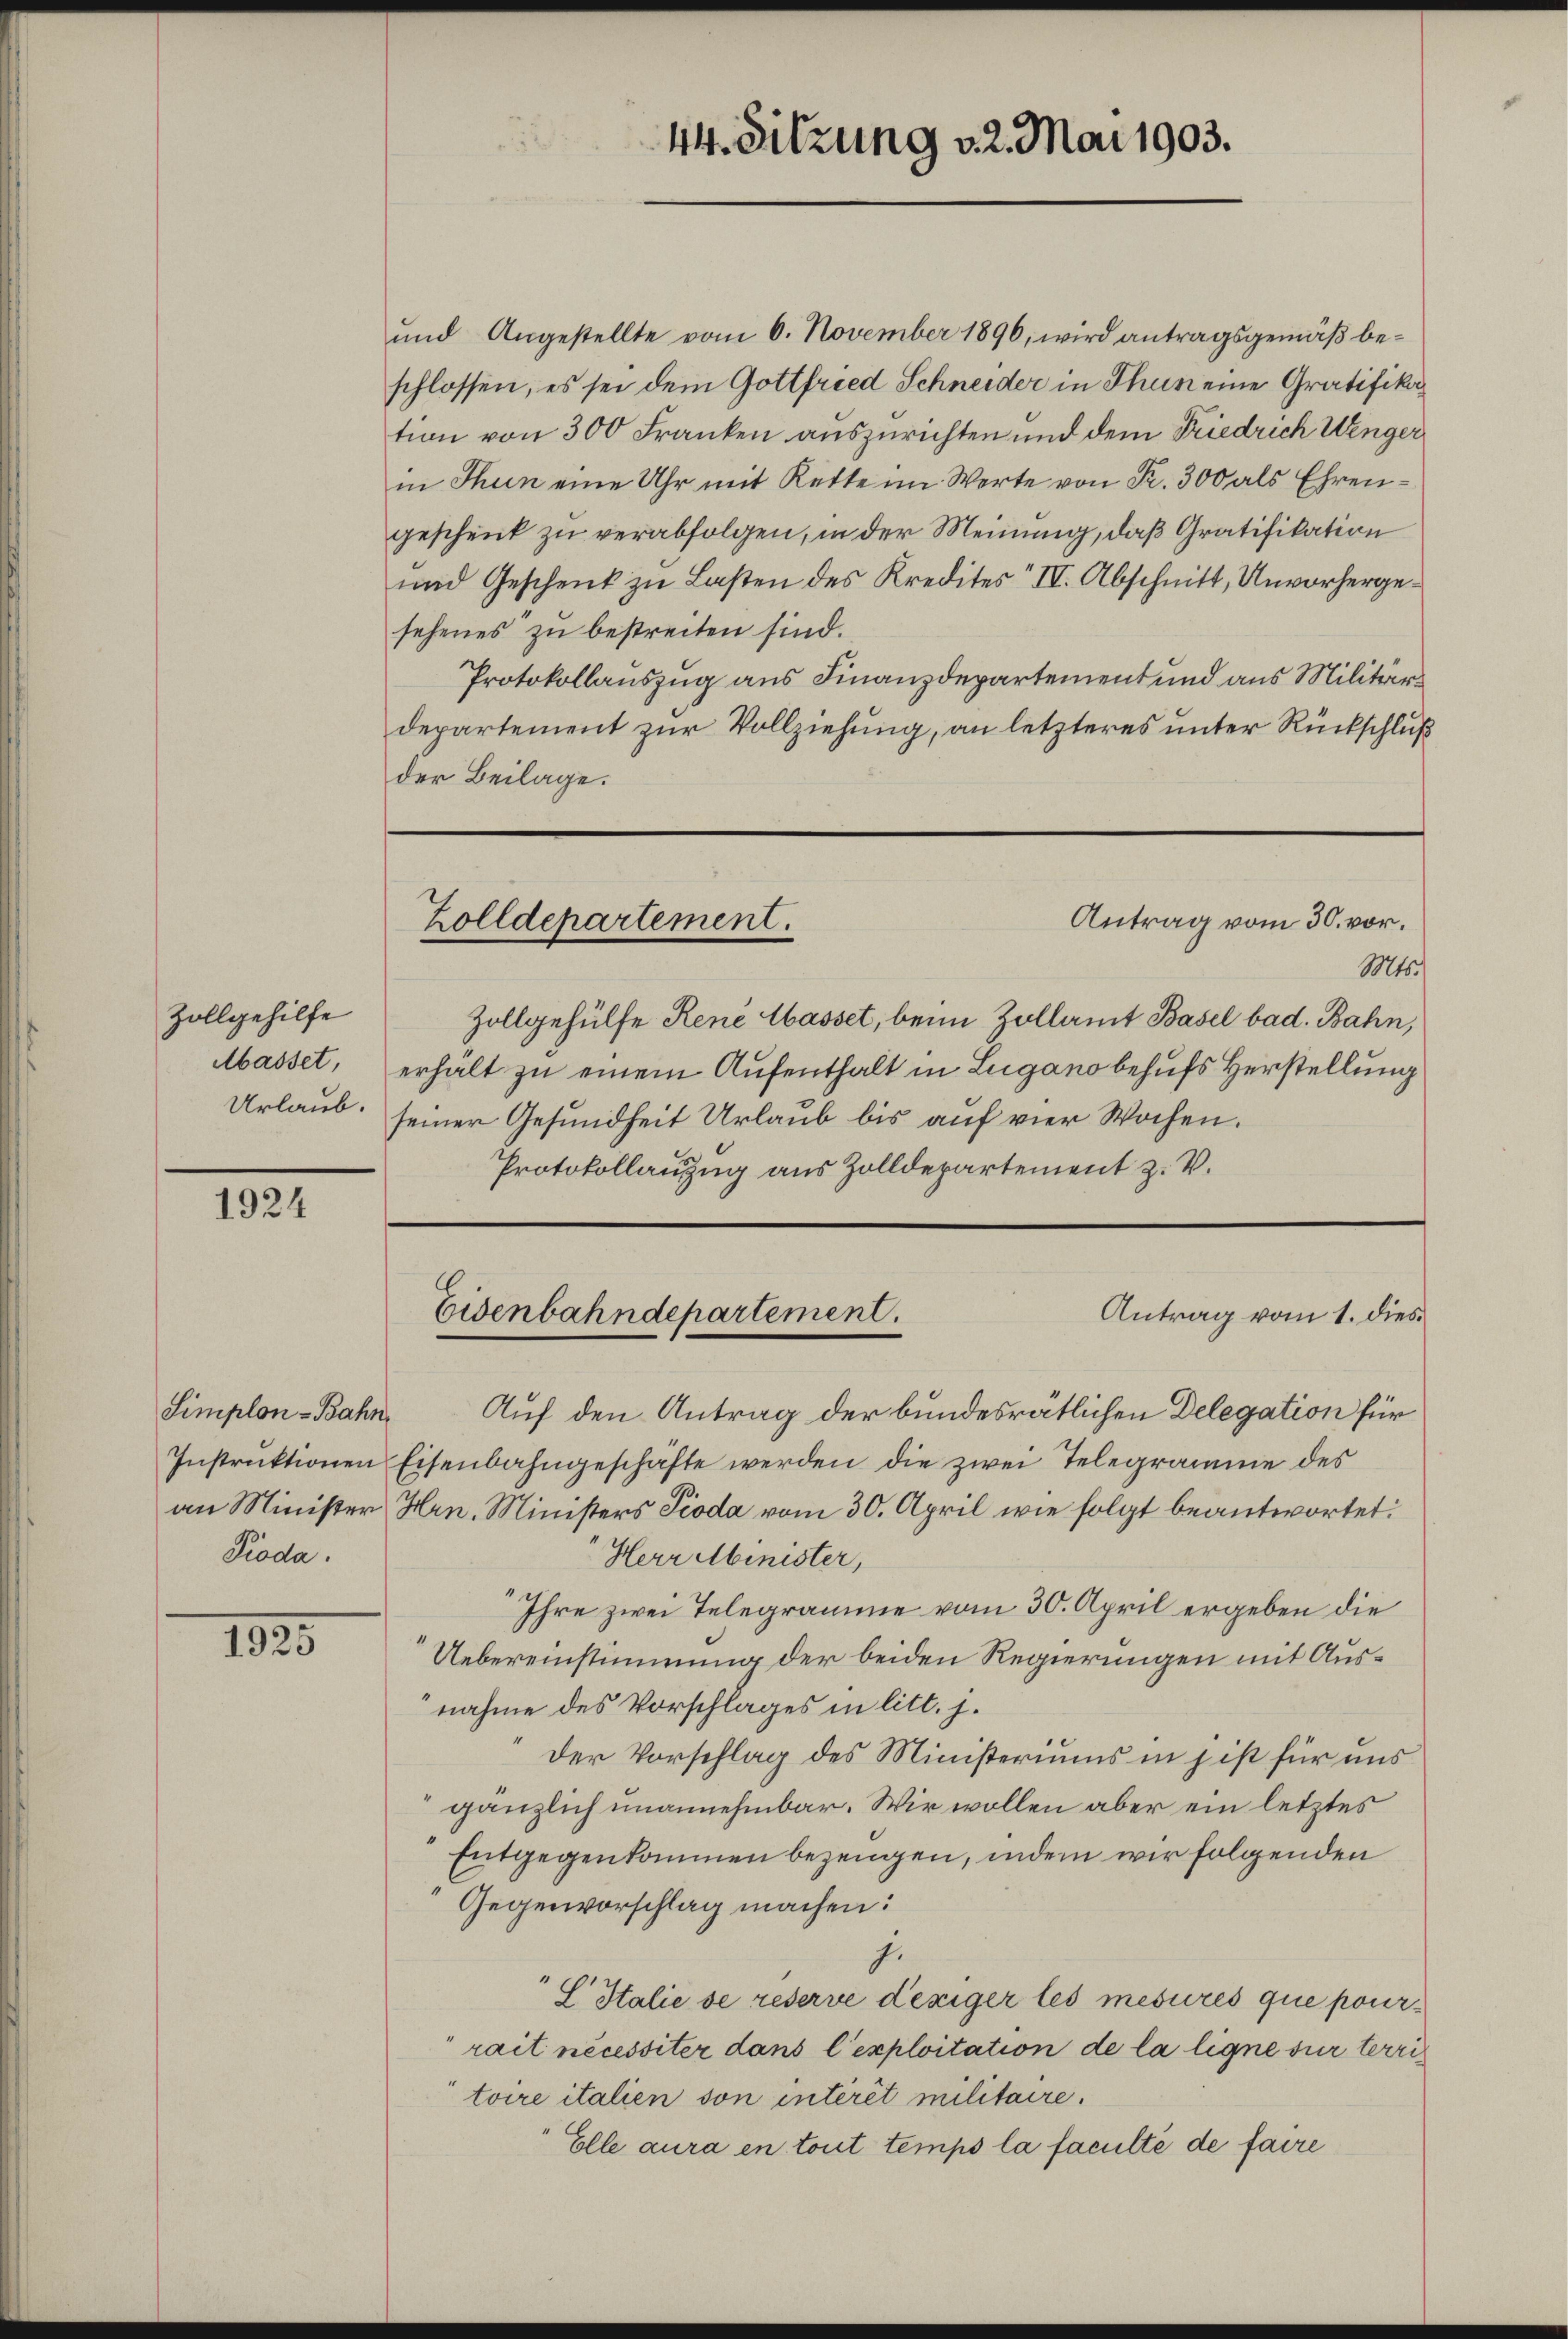
Zollgehilfe
Masset,
Urlaub.

1924

Simplon-Bahn,
Pioda.

1835

44. Sitzung 32. Mai 1903.

und Angestellte vom 6. November 1896, wird antragsgemäß beschlossen, es sei dem Gottfried Schneider in Thun eine Gratifikation von 300 Franken auszurichten und dem Friedrich Wenger
in Thun eine Uhr mit Rette im Werte von Fr. 300 als Ehrengeschenk zu verabfolgen, in der Meinung, daß Gratifikation
und Geschenk zu Lasten des Kredites IV. Abschnitt, Unvorhergesehenes zu bestreiten sind.
Protokollauszug aus Finanzdepartement und aus Militärdepartement zur Vollziehung, an letzteres unter Rückschluß
der Beilage.
Antrag vom 30. vor.
Zolldepartement.
Mts.
Zollgehülfe René Wasset, beim Zollamt Basel bad. Bahn,
erhält zu einem Aufenthalt in Lugano behufs Herstellung
seiner Gesundheit Urlaub bis auf vier Wochen.
Protokollauzug aus Zolldepartement z. V.

Auf den Antrag der bundesrätlichen Delegation für
Instruktionen Eisenbahngeschäfte werden die zwei Telegramme des
an Minister Hrn. Ministers Pioda vom 30. April wie folgt beantwortet:
 Herr Minister,
Ihre zwei Telegramme vom 30. April ergeben die
Uebereinstimmung der beiden Regierungen mit Ausnahme des Vorschlages in litt. j.
der Vorschlag des Ministeriums in j ist für uns
gänzlich unannehmbar. Wir wollen aber ein letztes
Entgegenkommen bezeugen, indem wir folgenden
Gegenvorschlag machen:
j.
"G Italie se reserve deziger les mesures que pourrait nécessiter dans l’exploitation de la ligne sur territoire italien son intérêt militaire.
Elle aura en tout temps la faculté de faire

Eidenbahndepartement.
Antrag vom 1. dies